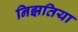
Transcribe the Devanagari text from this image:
निझतिया